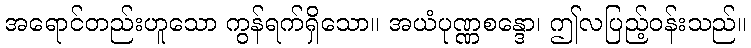
အရောင်တည်းဟူသော ကွန်ရက်ရှိသော။ အယံပုဏ္ဏစန္ဒော၊ ဤလပြည့်ဝန်းသည်။